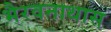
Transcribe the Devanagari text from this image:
भैरवनाथास